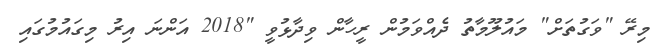
މިރޭ "ވަގުތަށް" މައުލޫމާތު ދެއްވަމުން ރީހާން ވިދާޅުވީ "2018 އަންނަ އިރު މިގައުމުގައި